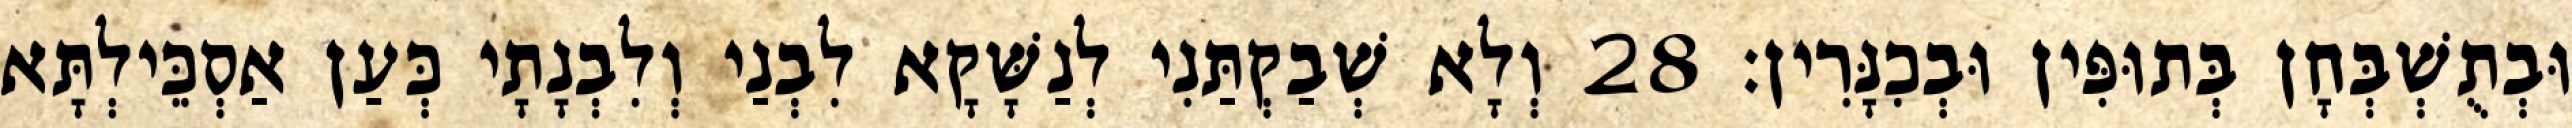
וּבְתֻשְׁבְּחָן בְּתוּפִּין וּבְכִנָּרִין׃ 28 וְלָא שְׁבַקְתַּנִי לְנַשָּׁקָא לִבְנַי וְלִבְנָתָי כְּעַן אַסְכֵּילְתָּא